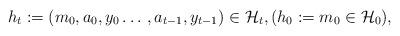
LaTeX: \begin{align*}h_t:=(m_0, a_0, y_0 \dotso, a_{t-1}, y_{t-1}) \in \mathcal{H}_t, (h_0:=m_0 \in \mathcal{H}_0),\end{align*}